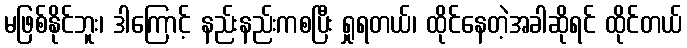
မဖြစ်နိုင်ဘူး၊ ဒါကြောင့် နည်းနည်းကစပြီး ရှုရတယ်၊ ထိုင်နေတဲ့အခါဆိုရင် ထိုင်တယ်